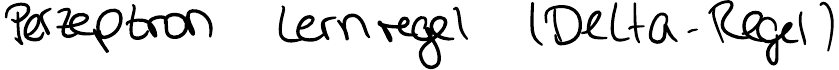
Perzeptron Lernregel (Delta-Regel)